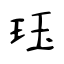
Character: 珏